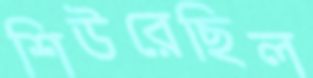
শিউরেছিল